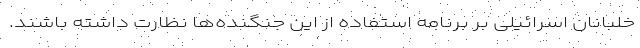
خلبانان اسرائیلی بر برنامه استفاده از این جنگنده‌ها نظارت داشته باشند.